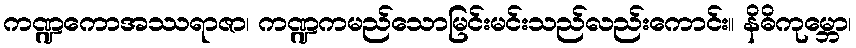
ကဏ္ဍကောအဿရာဇာ၊ ကဏ္ဍကမည်သောမြင်းမင်းသည်လည်းကောင်း။ နိဓိကုမ္ဘော၊